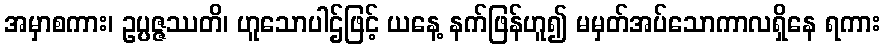
အမှာစကား၊ ဥပ္ပဇ္ဇဿတိ၊ ဟူသောပါဌ်ဖြင့် ယနေ့ နက်ဖြန်ဟူ၍ မမှတ်အပ်သောကာလရှိနေ ရကား